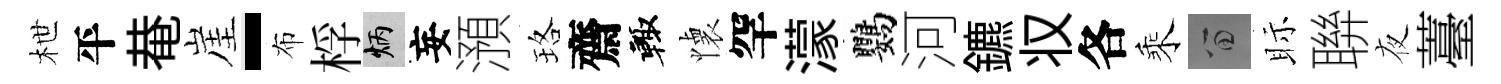
枻平𤲅崖-布桴炳妄澦珞齋輙懐罕濛鸚河鑣𠬧各乘留眎聨夜薹